342_HS1-416511228_319.1 Flying Discs 1949
Agency: Department of War
Incident date: 1/9/50
Page 75
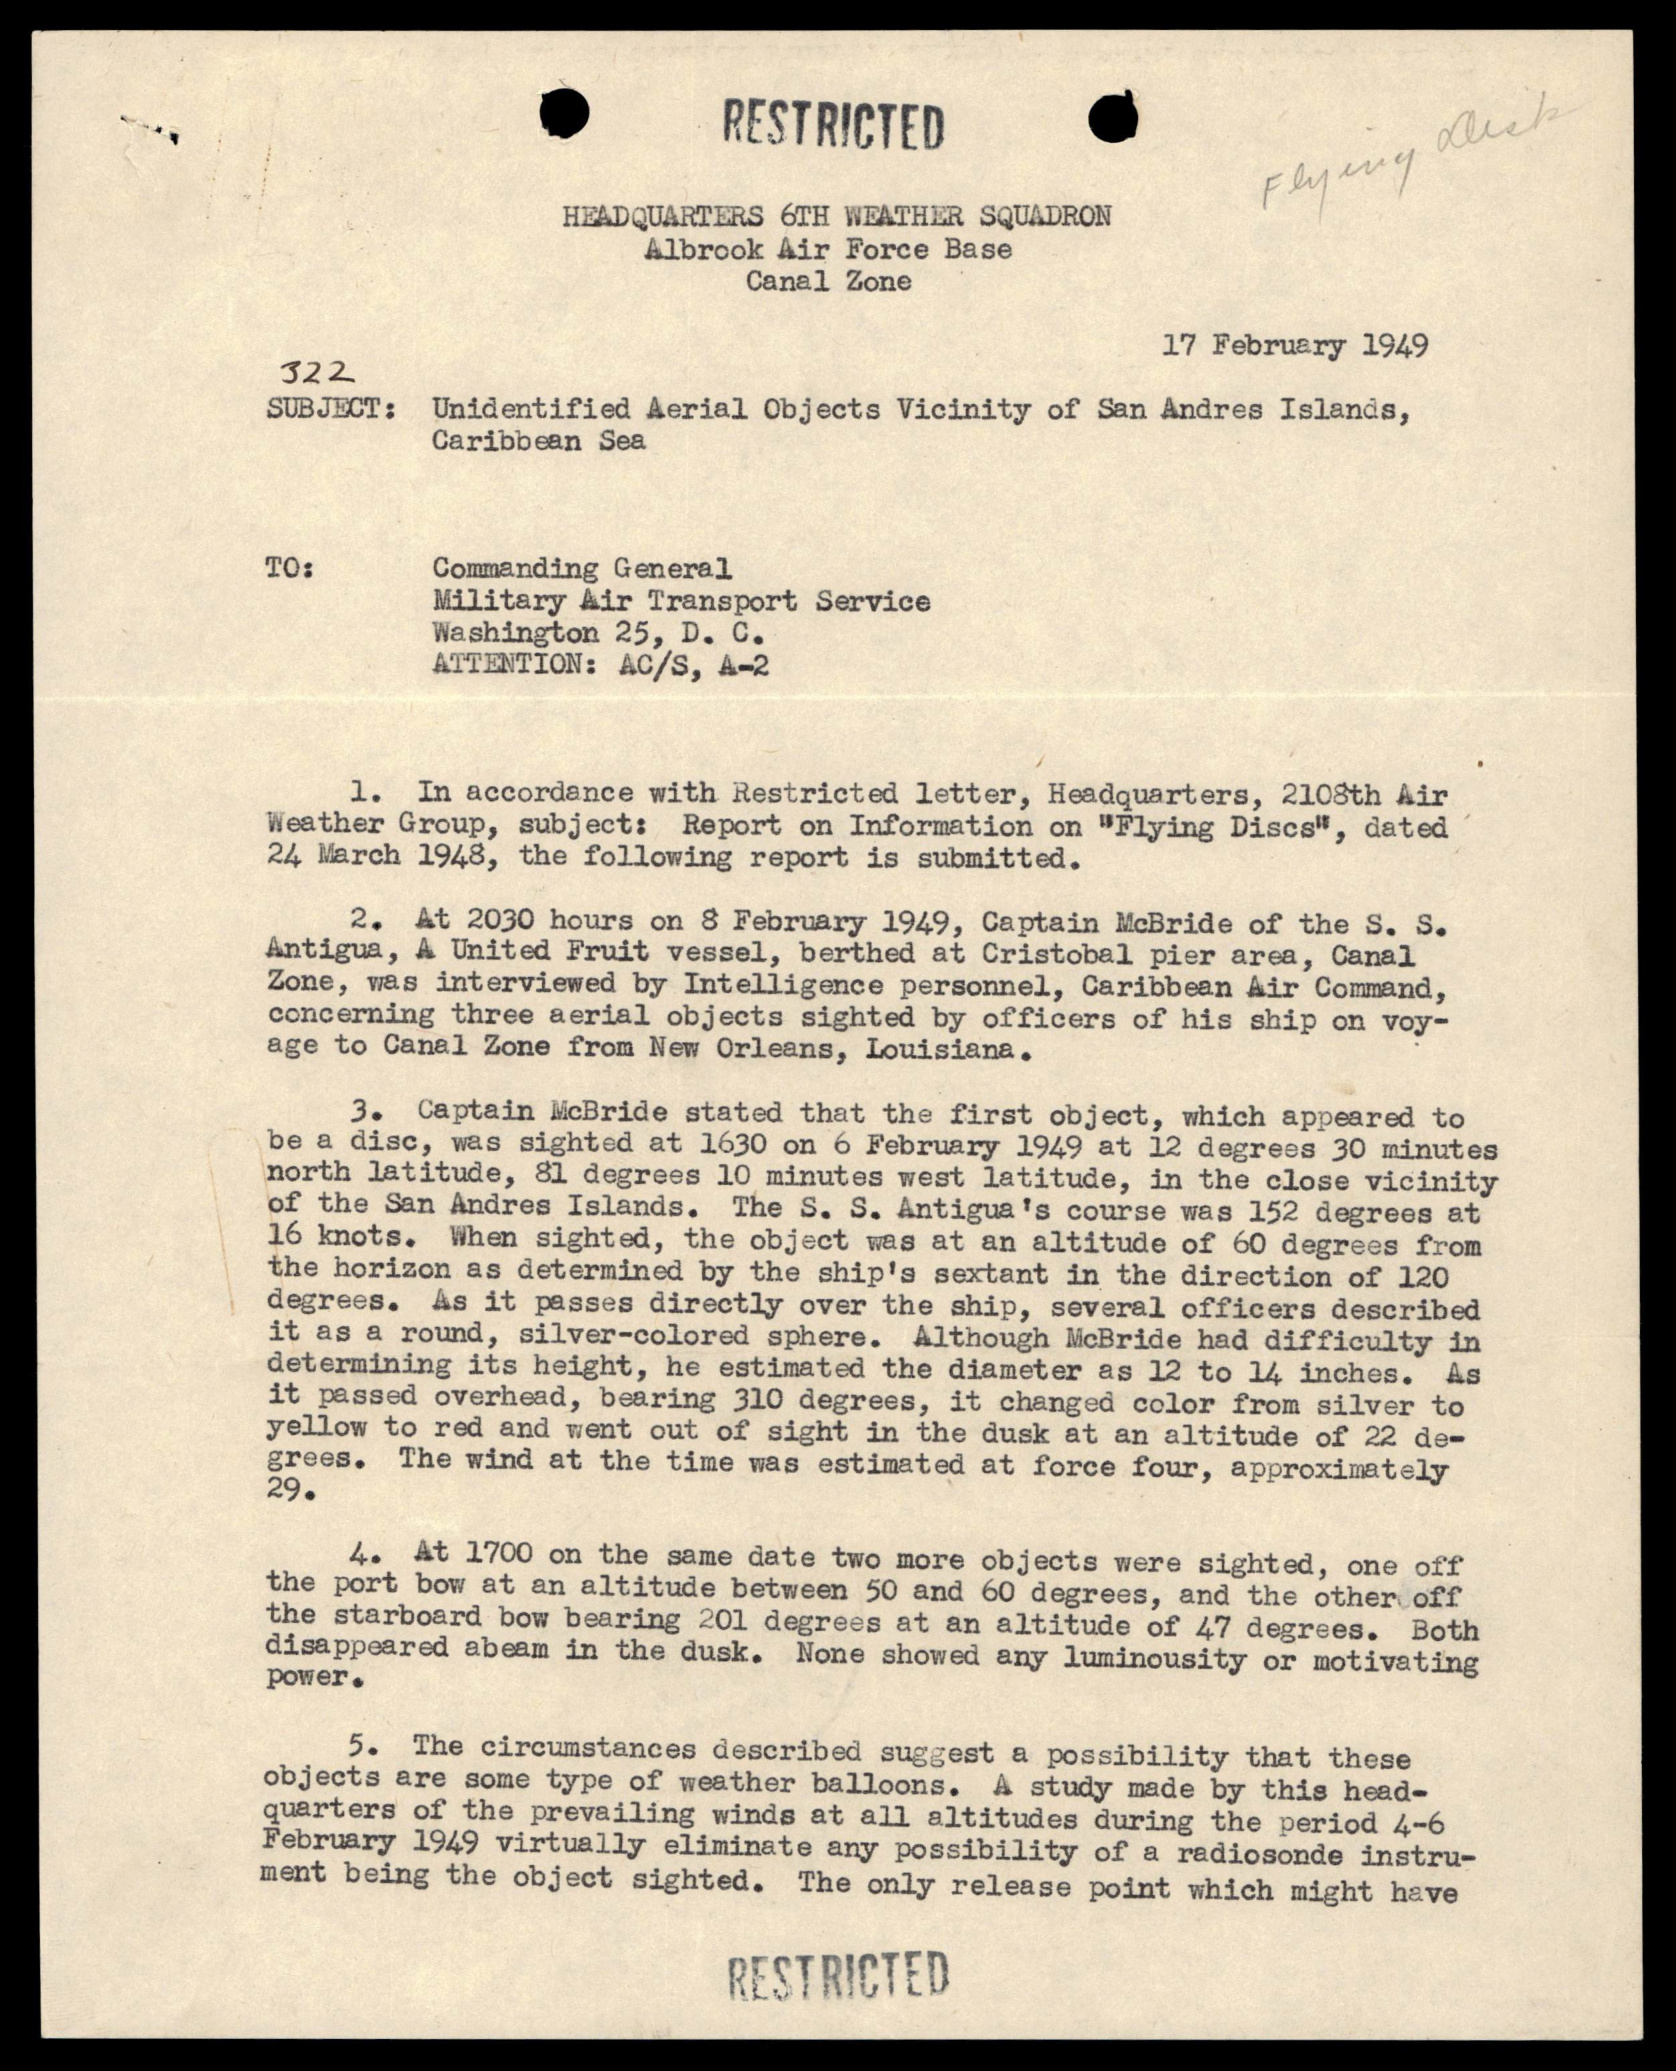